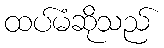
ထပ်မံဆိုသည်